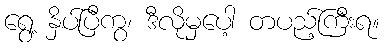
ရွေ့ နှိပ်ပြီကွ၊ ဒီလိုမှပေါ့ တပည့်ကြီးရ။